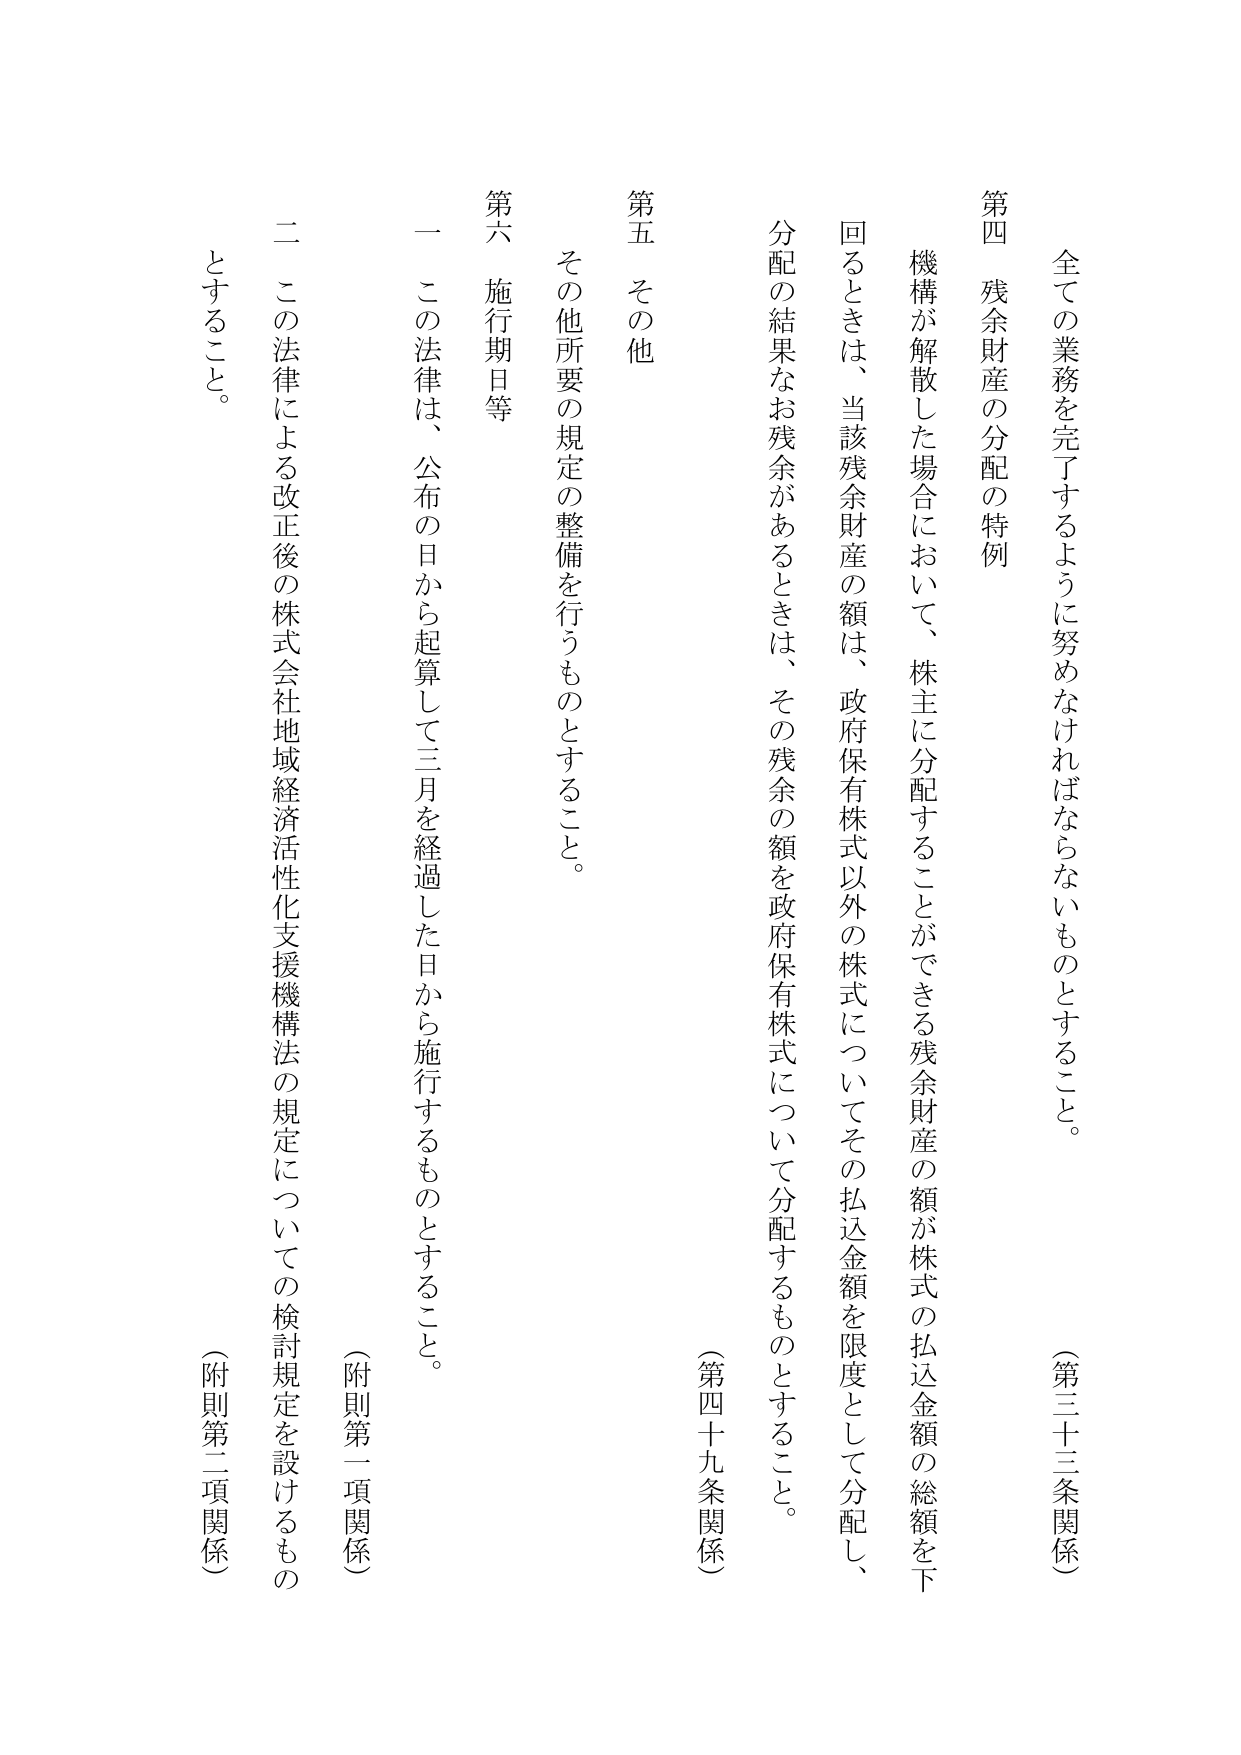
全ての業務を完了するように努めなければならないものとすること。

（第三十三条関係）

第四　残余財産の分配の特例

機構が解散した場合において、株主に分配することができる残余財産の額が株式の払込金額の総額を下回るときは、当該残余財産の額は、政府保有株式以外の株式についてその払込金額を限度として分配し、分配の結果なお残余があるときは、その残余の額を政府保有株式について分配するものとすること。

（第四十九条関係）

第五　その他

その他所要の規定の整備を行うものとすること。

第六　施行期日等

一　この法律は、公布の日から起算して三月を経過した日から施行するものとすること。

（附則第一項関係）

二　この法律による改正後の株式会社地域経済活性化支援機構法の規定についての検討規定を設けるものとすること。

（附則第二項関係）